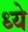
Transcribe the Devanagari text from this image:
ध्ये